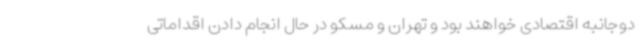
دوجانبه اقتصادی خواهند بود و تهران و مسکو در حال انجام دادن اقداماتی